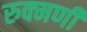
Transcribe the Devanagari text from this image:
रुक्‍मणी